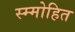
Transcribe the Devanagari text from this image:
स्म्मोहित